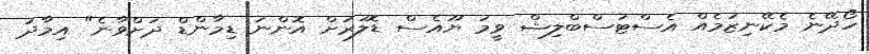
ހޯދޭނެ މެކޭނިޒަމެއް އެސްޓަސްބްލިޝް ވީމަ ޔޫއެސް ޑޮލަރަށް އޮންނަ ޑިމާންޑް ދަށްވާނެ" އިމާދު